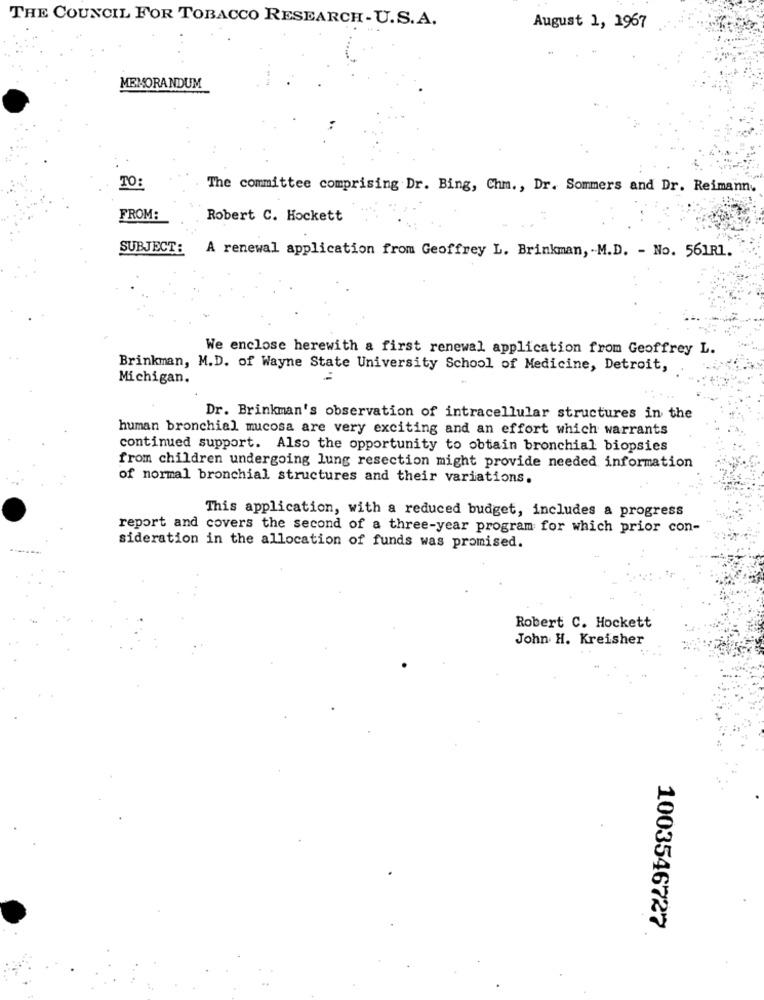
THE COUNCIL FOR TOBACCO RESEARCH- U.S.A.
August 1, 1967
MEMORANDUM
TO:
The committee comprising Dr. Bing, Chm ., Dr. Sommers and Dr. Reimann.
FROM:
Robert C. Hockett
SUBJECT :
A renewal application from Geoffrey L. Brinkman, - M.D. - No. 561R1.
We enclose herewith a first renewal application from Geoffrey L.
14
Brinkman, M.D. of Wayne State University School of Medicine, Detroit,
Michigan.
Dr. Brinkman's observation of intracellular structures in the
human bronchial mucosa are very exciting and an effort which warrants
continued support. Also the opportunity to obtain bronchial biopsies
from children undergoing lung resection might provide needed information
of normal bronchial structures and their variations.
This application, with a reduced budget, includes a progress
report and covers the second of a three-year program for which prior con-
sideration in the allocation of funds was promised.
Robert C. Hockett
John H. Kreisher
1003546727